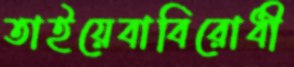
তাইয়েবাবিরোধী